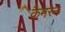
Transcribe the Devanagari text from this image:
कैमरेन